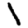
Digit: 1